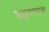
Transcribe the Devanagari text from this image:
अब्रुदारास